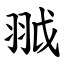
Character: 䎀